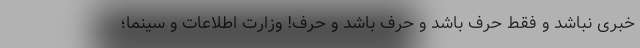
خبری نباشد و فقط حرف باشد و حرف باشد و حرف! وزارت اطلاعات و سینما؛